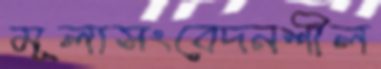
মূল্যসংবেদনশীল